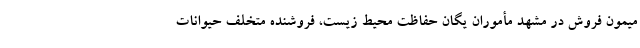
میمون فروش در مشهد مأموران یگان حفاظت محیط زیست، فروشنده متخلف حیوانات